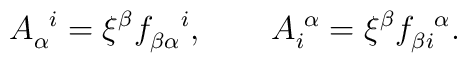
A_{\alpha}^{\,\,\,\, i} = \xi^{\beta} f_{ \beta \alpha }^{\,\,\,\,\,\,\,i},\,\,\,\,\,\,\,\,\,\,\,\,A_i^{\,\,\alpha} = \xi^{\beta} f_{\beta i}^{\,\,\,\,\, \alpha}.